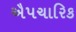
ઐપચારિક